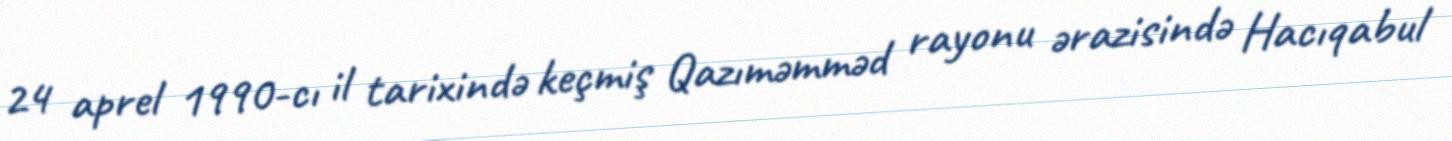
24 aprel 1990-cı il tarixində keçmiş Qazıməmməd rayonu ərazisində Hacıqabul